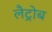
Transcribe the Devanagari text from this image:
लैट्रोब